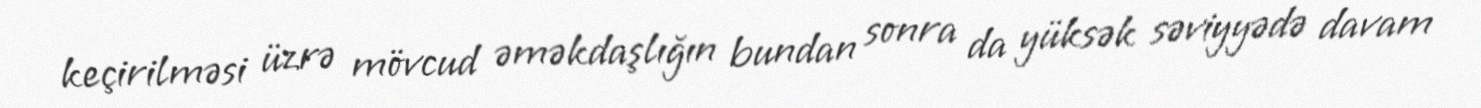
keçirilməsi üzrə mövcud əməkdaşlığın bundan sonra da yüksək səviyyədə davam